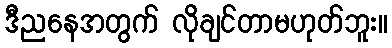
ဒီညနေအတွက် လိုချင်တာမဟုတ်ဘူး။